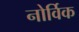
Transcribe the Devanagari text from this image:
नोर्विक